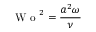
\textrm { W o } ^ { 2 } = \frac { a ^ { 2 } \omega } { \nu }